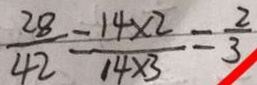
\frac { 2 8 } { 4 2 } = \frac { 1 4 \times 2 } { 1 4 \times 3 } = \frac { 2 } { 3 }